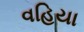
વહિયા